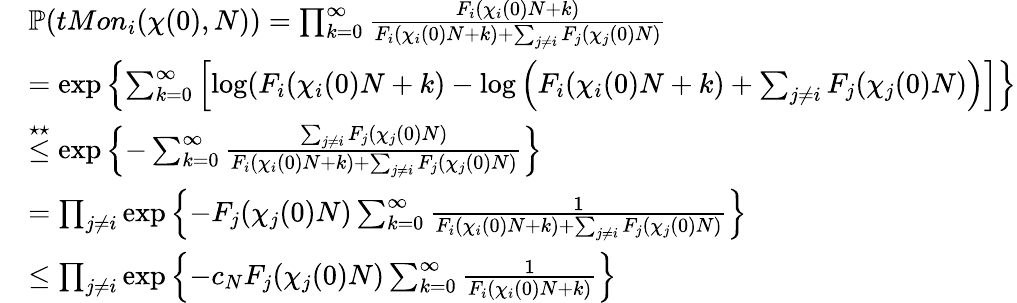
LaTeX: \begin{array}{rl}&{\mathbb{P}(tMon_{i}(\chi(0),N))=\prod_{k=0}^{\infty}\frac{F_{i}(\chi_{i}(0)N+k)}{F_{i}(\chi_{i}(0)N+k)+\sum_{j\ne i}F_{j}(\chi_{j}(0)N)}}\\ &{=\exp\left\{ \sum_{k=0}^{\infty}\left[\log(F_{i}(\chi_{i}(0)N+k)-\log\left(F_{i}(\chi_{i}(0)N+k)+\sum_{j\ne i}F_{j}(\chi_{j}(0)N)\right)\right]\right\} }\\ &{\overset{\star\star}{\le}\exp\left\{ -\sum_{k=0}^{\infty}\frac{\sum_{j\ne i}F_{j}(\chi_{j}(0)N)}{F_{i}(\chi_{i}(0)N+k)+\sum_{j\ne i}F_{j}(\chi_{j}(0)N)}\right\} }\\ &{=\prod_{j\ne i}\exp\left\{ -F_{j}(\chi_{j}(0)N)\sum_{k=0}^{\infty}\frac{1}{F_{i}(\chi_{i}(0)N+k)+\sum_{j\ne i}F_{j}(\chi_{j}(0)N)}\right\} }\\ &{\le\prod_{j\ne i}\exp\left\{ -c_{N}F_{j}(\chi_{j}(0)N)\sum_{k=0}^{\infty}\frac{1}{F_{i}(\chi_{i}(0)N+k)}\right\} }\end{array}